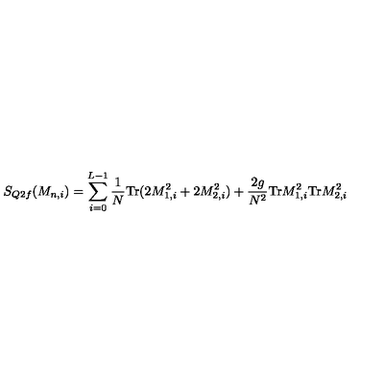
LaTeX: S _ { Q 2 f } ( M _ { n , i } ) = \sum _ { i = 0 } ^ { L - 1 } \frac { 1 } { N } \mathrm { T r } ( 2 M _ { 1 , i } ^ { 2 } + 2 M _ { 2 , i } ^ { 2 } ) + \frac { 2 g } { N ^ { 2 } } \mathrm { T r } M _ { 1 , i } ^ { 2 } \mathrm { T r } M _ { 2 , i } ^ { 2 }